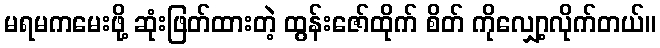
မရမကမေးဖို့ ဆုံးဖြတ်ထားတဲ့ ထွန်းဇော်ထိုက် စိတ် ကိုလျှော့လိုက်တယ်။